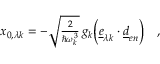
\begin{array} { r } { x _ { 0 , \lambda k } = - \sqrt { \frac { 2 } { \hbar \omega _ { k } ^ { 3 } } } \, g _ { k } \biggl ( \underline { { e } } _ { \lambda k } \cdot \underline { { d } } _ { e n } \biggr ) \quad , } \end{array}